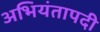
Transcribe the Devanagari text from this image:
अभियंतापदी